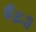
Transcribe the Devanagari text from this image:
ई६३